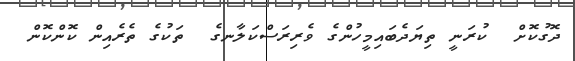
ދޮގުކޮށް  ކުރަނީ ތިޔަދެބައިމީހުންގެ ވެރިރަސްކަލާނގެ  ތަކުގެ ތެރެއިން ކޮންކޮން